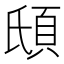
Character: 𩑥